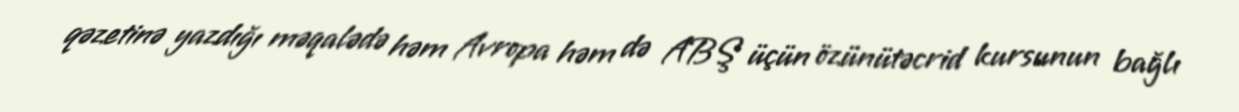
qəzetinə yazdığı məqalədə həm Avropa həm də ABŞ üçün özünütəcrid kursunun bağlı